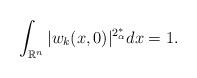
LaTeX: \begin{align*} \int_ {\mathbb{R}^n} |w_k(x,0)|^ {2_{\alpha}^*}dx=1.\end{align*}